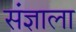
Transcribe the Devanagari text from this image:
संज्ञाला